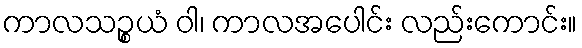
ကာလသဉ္စယံ ဝါ၊ ကာလအပေါင်း လည်းကောင်း။